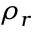
\rho _ { r }